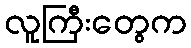
လူကြီးတွေက